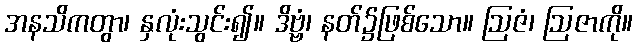
အနသိကတွာ၊ နှလုံးသွင်း၍။ ဒိဗ္ဗံ၊ နတ်၌ဖြစ်သော။ ဩဇံ၊ ဩဇာကို။